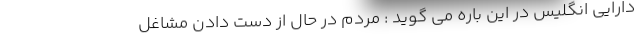
دارایی انگلیس در این باره می گوید : مردم در حال از دست دادن مشاغل